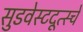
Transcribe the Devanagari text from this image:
सुडवेस्टदूत्स्चे